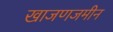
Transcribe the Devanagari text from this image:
खाजणजमीन